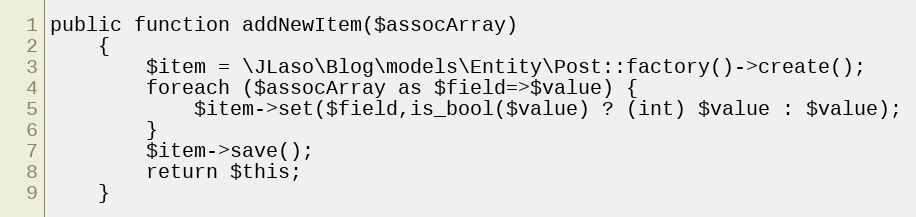
Language: PHP
public function addNewItem($assocArray)
    {
        $item = \JLaso\Blog\models\Entity\Post::factory()->create();
        foreach ($assocArray as $field=>$value) {
            $item->set($field,is_bool($value) ? (int) $value : $value);
        }
        $item->save();
        return $this;
    }